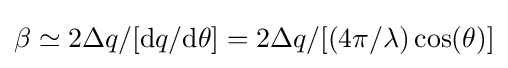
\beta \simeq 2\Delta q/[{\rm {d}}q/{\rm {d}}\theta ]=2\Delta q/[(4\pi /\lambda )\cos(\theta )]